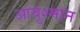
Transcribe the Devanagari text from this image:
आयुश्मान